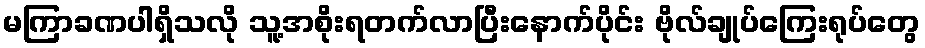
မကြာခဏပါရှိသလို သူ့အစိုးရတက်လာပြီးနောက်ပိုင်း ဗိုလ်ချုပ်ကြေးရုပ်တွေ